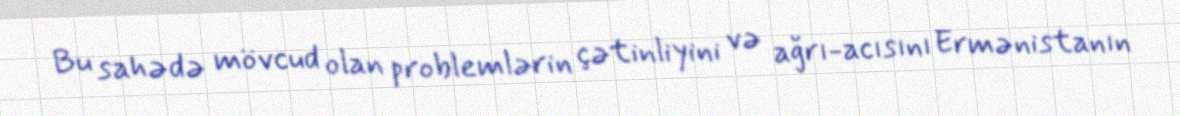
Bu sahədə mövcud olan problemlərin çətinliyini və ağrı-acısını Ermənistanın